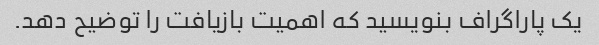
یک پاراگراف بنویسید که اهمیت بازیافت را توضیح دهد.